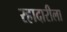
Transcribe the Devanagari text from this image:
रहादारीला